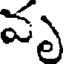
వృ